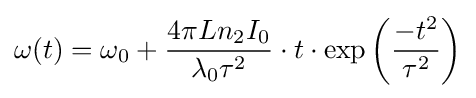
\omega (t)=\omega _{0}+{\frac {4\pi Ln_{2}I_{0}}{\lambda _{0}\tau ^{2}}}\cdot t\cdot \exp \left({\frac {-t^{2}}{\tau ^{2}}}\right)